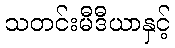
သတင်းမီဒီယာနှင့်